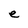
Character: e